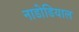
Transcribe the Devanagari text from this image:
नाडोडियाल